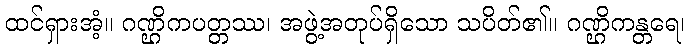
ထင်ရှားအံ့။ ဂဏ္ဌိကပတ္တဿ၊ အဖွဲ့အတုပ်ရှိသော သပိတ်၏။ ဂဏ္ဌိကန္တရေ၊